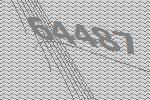
64487